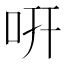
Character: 咞